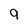
Character: 9